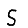
Digit: 5